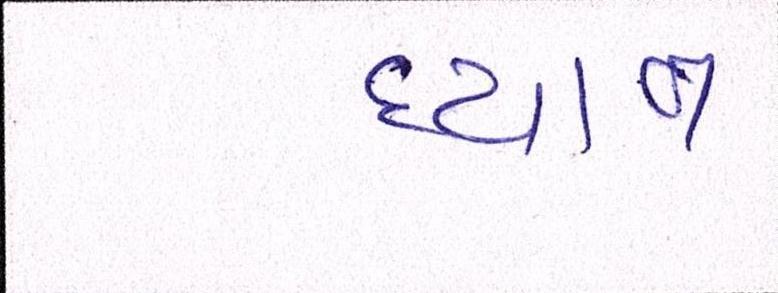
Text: ધ્યાન